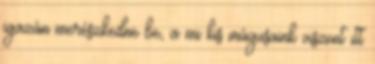
igazán merészkedne be, a mi kis mágusaink viszont itt